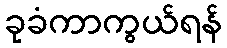
ခုခံကာကွယ်ရန်